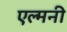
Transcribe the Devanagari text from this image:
एल्मनी